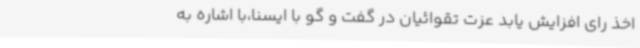
اخذ رای افزایش یابد عزت تقوائیان در گفت و گو با ایسنا،با اشاره به